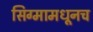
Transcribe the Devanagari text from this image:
सिग्मामधूनच